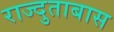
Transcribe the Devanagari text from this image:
राज्दुताबास